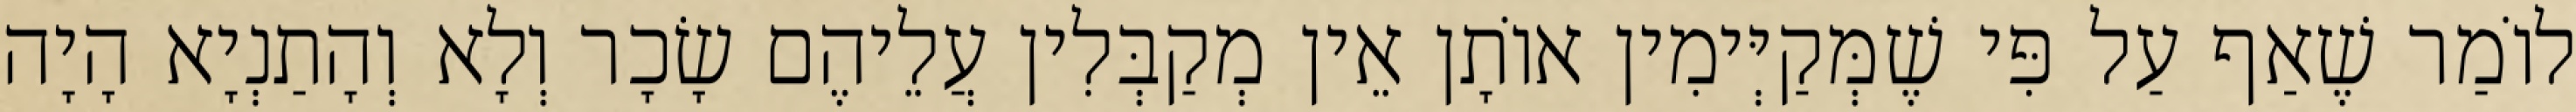
לוֹמַר שֶׁאַף עַל פִּי שֶׁמְּקַיְּימִין אוֹתָן אֵין מְקַבְּלִין עֲלֵיהֶם שָׂכָר וְלָא וְהָתַנְיָא הָיָה